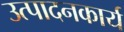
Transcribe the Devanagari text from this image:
उत्पादनकार्य